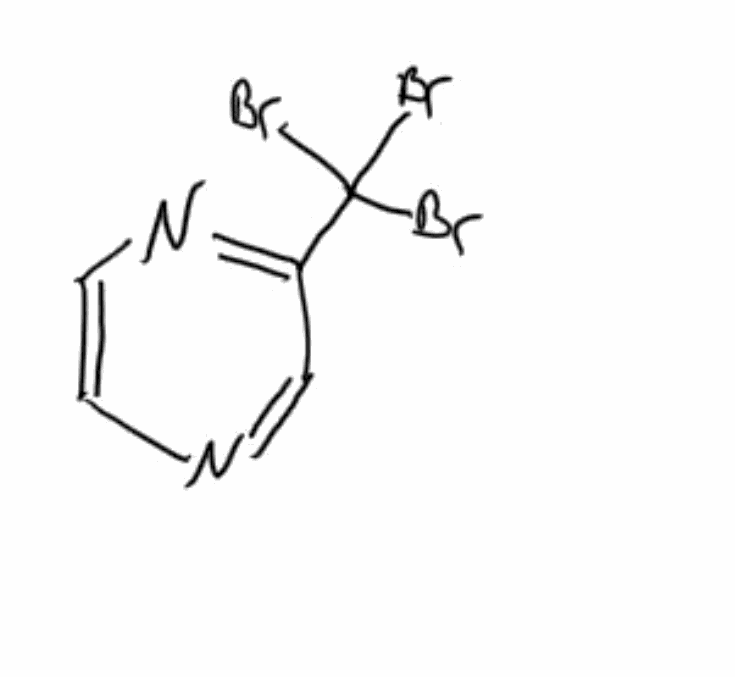
Simplified molecular-input line-entry system (SMILES) notation of the given molecule:
C1=CN=C(C=N1)C(Br)(Br)Br